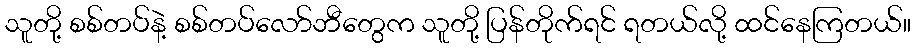
သူတို့ စစ်တပ်နဲ့ စစ်တပ်လော်ဘီတွေက သူတို့ ပြန်တိုက်ရင် ရတယ်လို့ ထင်နေကြတယ်။